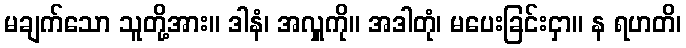
မချက်သော သူတို့အား။ ဒါနံ၊ အလှူကို။ အဒါတုံ၊ မပေးခြင်းငှာ။ န ရဟတိ၊